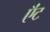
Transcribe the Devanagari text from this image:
ऍंट